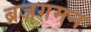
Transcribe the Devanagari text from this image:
ब्रजगमन